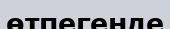
өтпегенде